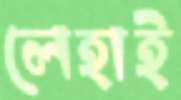
লেহাই